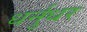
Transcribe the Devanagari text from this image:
धर्नुधर